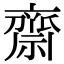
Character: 齋